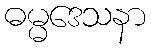
ဓမ္မဒေသနာ